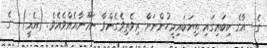
ގެ  އާގެ ކިބައިގައި ތިޔަބައިމީހުންނަށް ރިވެތިވެގެންވާ ނަމޫނާއެއްވެއެވެ. (އެއީ)  ގެ